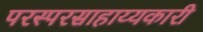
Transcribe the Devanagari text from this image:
परस्परसाहाय्यकारी